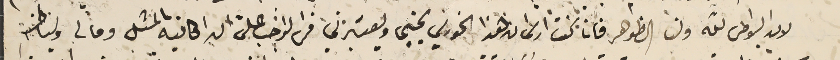
لان البواطن لله ولنا الظوهر فانا كنت ارى ان هذا الخوري يحبني ويعتبرني فمن الواجب على ان اكاتبه بالمثل وما لى ولباطنه